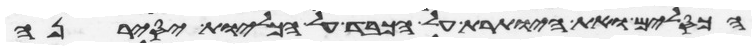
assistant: הכסלים ואת היותרת על הכבד על הכליות יסירנה